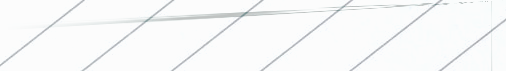
أفضل خياراتكم في الحلويات